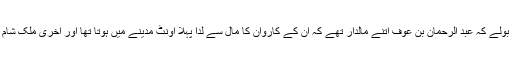
تو وہ بولے کہ عبد الرحمان بن عوفؓ اتنے مالدار تھے کہ اُن کے کاروان کا مال سے لدا پہلا اونٹ مدینے میں ہوتا تھا اور آخری ملک شام میں ۔